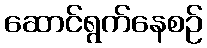
ဆောင်ရွက်နေစဉ်